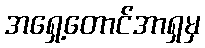
အရှေ့တောင်အာရှမှ